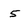
Character: 5